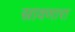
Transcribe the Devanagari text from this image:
स्रावणारा